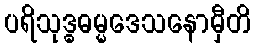
ပရိသုဒ္ဓဓမ္မဒေသနောမှီတိ